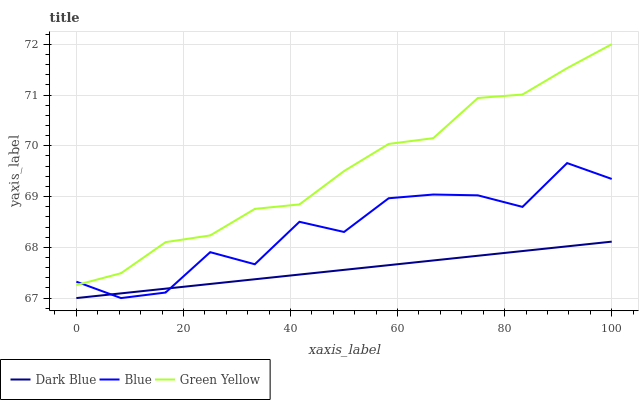
| xaxis_label | Dark Blue | Blue | Green Yellow |
 | --- | --- | --- | --- |
 | 0 | 67 | 67.3 | 67.3 |
 | 8.33 | 67.1 | 67 | 67.5 |
 | 16.7 | 67.2 | 67.1 | 68.1 |
 | 25 | 67.3 | 67.9 | 68.2 |
 | 33.3 | 67.4 | 67.7 | 68.8 |
 | 41.7 | 67.5 | 68.5 | 68.8 |
 | 50 | 67.6 | 68.3 | 69.5 |
 | 58.3 | 67.6 | 69 | 70 |
 | 66.7 | 67.7 | 69 | 70.2 |
 | 75 | 67.8 | 69 | 70.9 |
 | 83.3 | 67.9 | 68.8 | 71 |
 | 91.7 | 68 | 69.7 | 71.5 |
 | 100 | 68.1 | 69.3 | 72 |